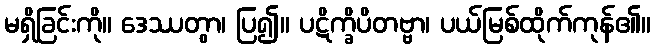
မရှိခြင်းကို။ ဒေဿတွာ၊ ပြ၍။ ပဋိက္ခိပိတဗ္ဗာ၊ ပယ်မြစ်ထိုက်ကုန်၏။